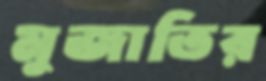
মুজাতির